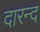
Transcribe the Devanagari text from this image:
दारन्द